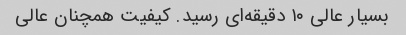
بسیار عالی ١٠ دقیقه‌ای رسید. کیفیت همچنان عالی